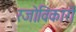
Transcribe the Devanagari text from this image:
रजोविकारों